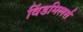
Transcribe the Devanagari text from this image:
विंडमिलर्स